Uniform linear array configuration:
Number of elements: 16
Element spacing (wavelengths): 1
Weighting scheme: binomial
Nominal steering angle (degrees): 0
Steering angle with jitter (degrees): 0.7395
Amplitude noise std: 0.05
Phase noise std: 0.05

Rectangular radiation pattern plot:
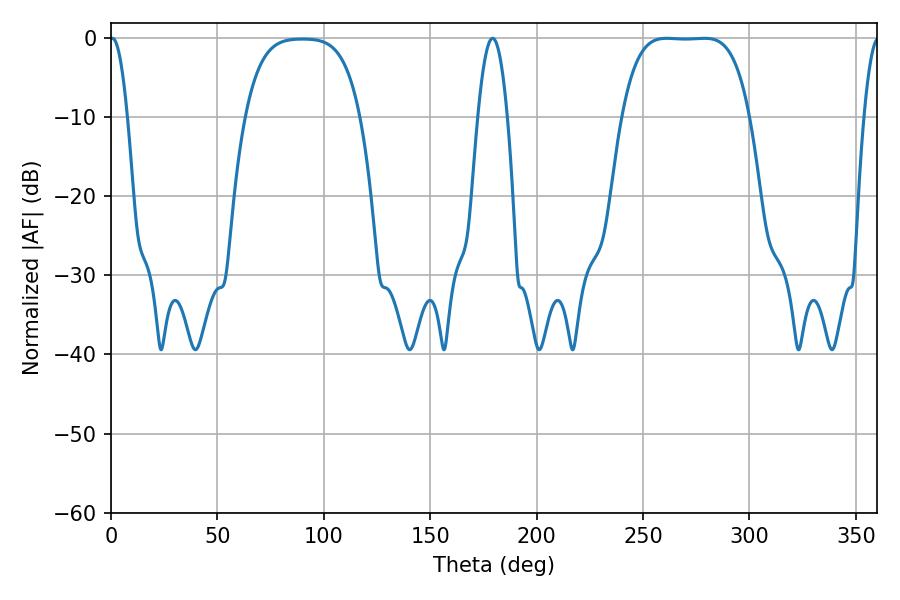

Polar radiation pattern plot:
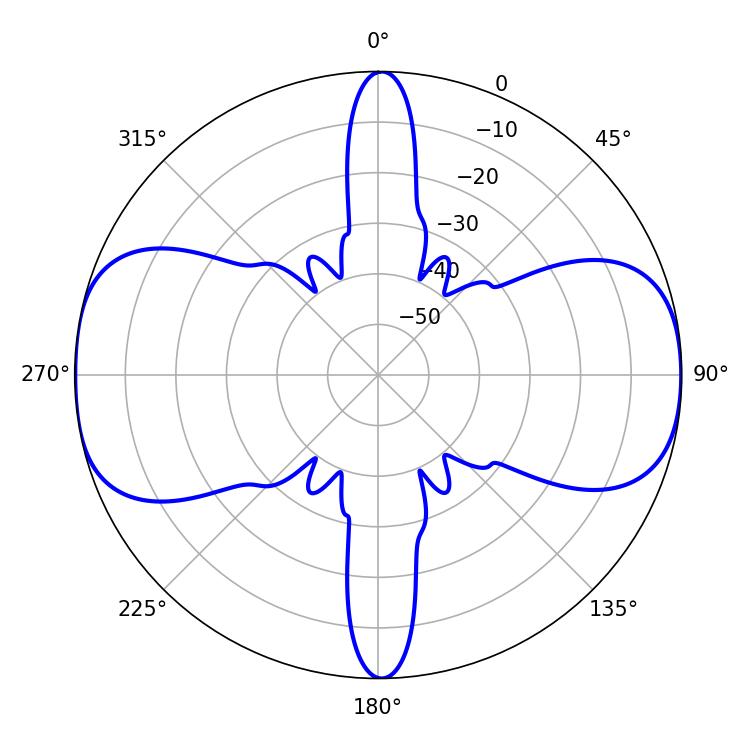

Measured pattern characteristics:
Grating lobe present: TRUE
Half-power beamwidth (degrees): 45.72
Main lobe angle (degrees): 261.18